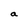
Character: a